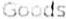
GOODS